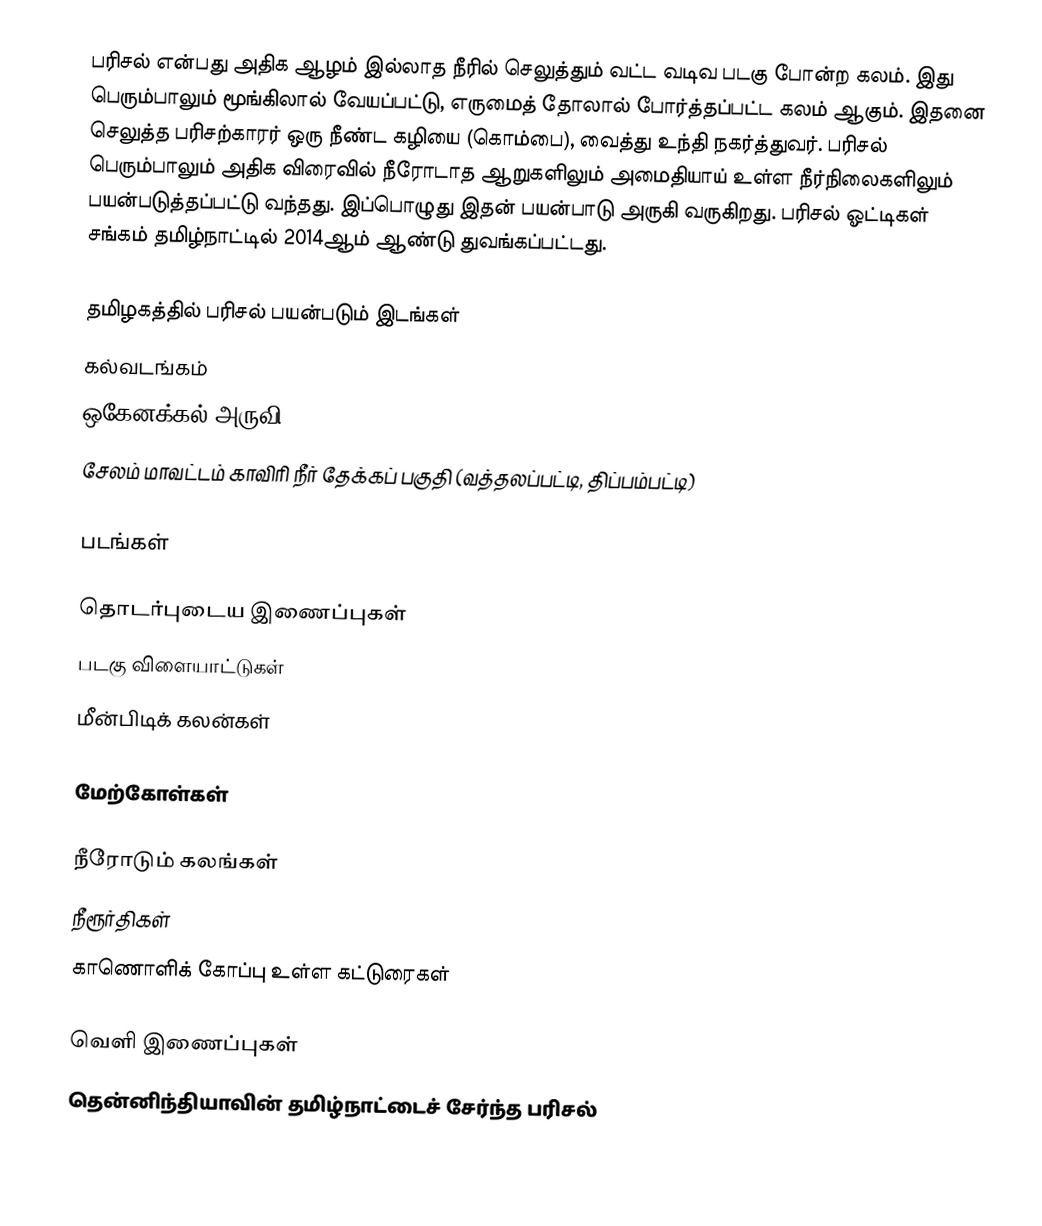
பரிசல் என்பது அதிக ஆழம் இல்லாத நீரில் செலுத்தும் வட்ட வடிவ படகு போன்ற கலம். இது பெரும்பாலும் மூங்கிலால் வேயப்பட்டு, எருமைத் தோலால் போர்த்தப்பட்ட கலம் ஆகும். இதனை செலுத்த பரிசற்காரர் ஒரு நீண்ட கழியை (கொம்பை), வைத்து உந்தி நகர்த்துவர். பரிசல் பெரும்பாலும் அதிக விரைவில் நீரோடாத ஆறுகளிலும் அமைதியாய் உள்ள நீர்நிலைகளிலும் பயன்படுத்தப்பட்டு வந்தது. இப்பொழுது இதன் பயன்பாடு அருகி வருகிறது. பரிசல் ஓட்டிகள் சங்கம் தமிழ்நாட்டில் 2014ஆம் ஆண்டு துவங்கப்பட்டது.

தமிழகத்தில் பரிசல் பயன்படும் இடங்கள்
 கல்வடங்கம்
 ஒகேனக்கல் அருவி
 சேலம் மாவட்டம் காவிரி நீர் தேக்கப் பகுதி (வத்தலப்பட்டி, திப்பம்பட்டி)

படங்கள்

தொடர்புடைய இணைப்புகள்
 படகு விளையாட்டுகள்
 மீன்பிடிக் கலன்கள்

மேற்கோள்கள்

 நீரோடும் கலங்கள்
நீரூர்திகள்
காணொளிக் கோப்பு உள்ள கட்டுரைகள்

வெளி இணைப்புகள்
 தென்னிந்தியாவின் தமிழ்நாட்டைச் சேர்ந்த பரிசல்